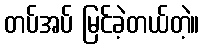
တပ်အပ် မြင်ခဲ့တယ်တဲ့။